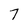
Character: 7